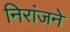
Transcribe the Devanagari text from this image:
निरांजने